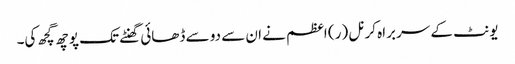
یونٹ کے سربراہ کرنل (ر) اعظم نے ان سے دو سے ڈھائی گھنٹے تک پوچھ گچھ کی۔